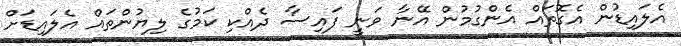
އެލައިޑުން އެގޮތައް އެންގުމުން އޭނާ ވަނީ ފައިސާ ދެއްކި ކަމުގެ ލިޔުންތައް އެލައިޑަށް